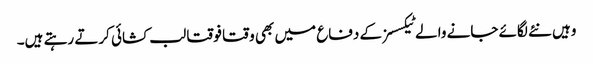
وہیں نئے لگائے جانے والے ٹیکسسز کے دفاع میں بھی وقتا فوقتا لب کشائی کرتے رہتے ہیں۔